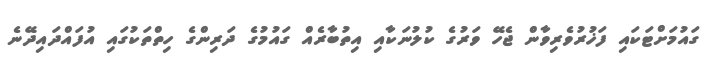
ގައުމަށްޓަކައި ފަޚުރުވެރިވާން ޖެހޭ ވަރުގެ ކުލުނަކާއި އިތުބާރެއް ގައުމުގެ ދަރިންގެ ހިތްތަކުގައި އުފައްދައިދޭނެ